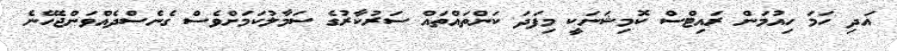
އަދި ހަމަ ހިއުމަން ރައިޓްސް ކޮމިޝަނަކީ މިފަދަ ކަންތައްތައް ސަރުކާރުގެ ސަމާލުކަމަށްވެސް ގެނެސްދެއްވަންޖެހޭނެ